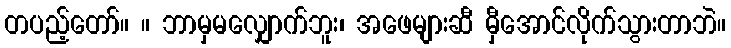
တပည့်တော်။ ။ ဘာမှမလျှောက်ဘူး၊ အဖေများဆီ မှီအောင်လိုက်သွားတာဘဲ။